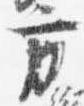
方